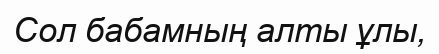
Сол бабамның алты ұлы,